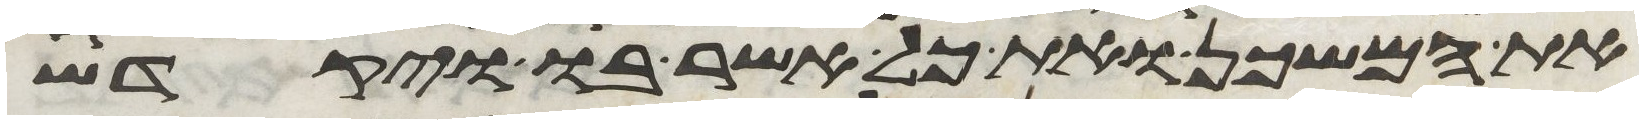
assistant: את המשכן ואת כל אשר בו ויקדש